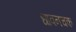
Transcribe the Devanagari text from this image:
धावनचक